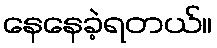
နေနေခဲ့ရတယ်။